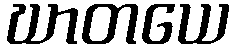
ဃာတယေ